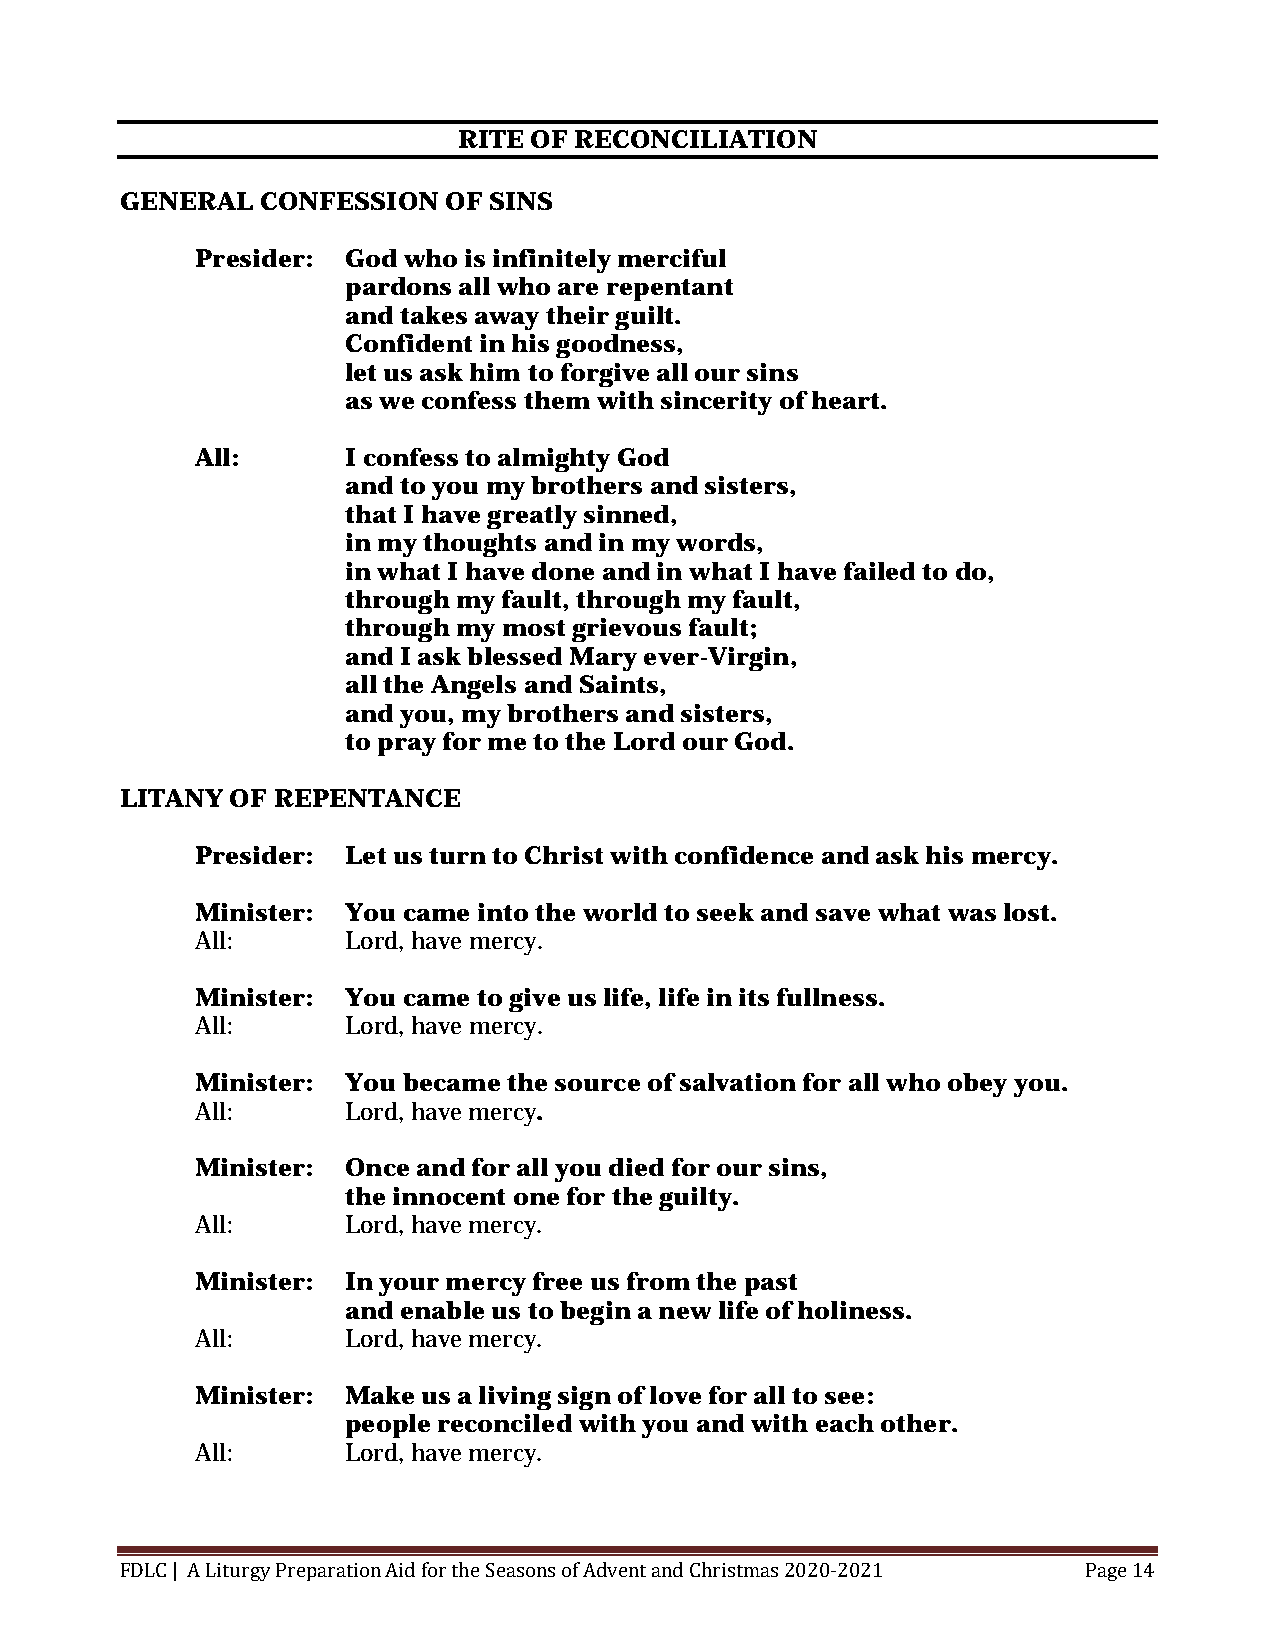
RITE OF RECONCILIATION
 GENERAL  CONFESSION  OF SINS
 Presider: God who is infinitely merciful
 pardons all who are repentant
 and takes away their guilt.
 Confident in his goodness,
 let us ask him to forgive all our sins
 as we confess them with sincerity of heart.
 All:      I confess to almighty God
 and to you my brothers and sisters,
 that I have greatly sinned,
 in my thoughts and in my words,
 in what I have done and in what I have failed to do,
 through my fault, through my fault,
 through my most grievous fault;
 and I ask blessed Mary ever-Virgin,
 all the Angels and Saints,
 and you, my brothers and sisters,
 to pray for me to the Lord our God.
 LITANY OF REPENTANCE
 Presider: Let us turn to Christ with confidence and ask his mercy.
 Minister: You came into the world to seek and save what was lost.
 All:      Lord, have mercy.
 Minister: You came to give us life, life in its fullness.
 All:      Lord, have mercy.
 Minister: You became the source of salvation for all who obey you.
 All:      Lord, have mercy.
 Minister: Once and for all you died for our sins,
 the innocent one for the guilty.
 All:      Lord, have mercy.
 Minister: In your mercy free us from the past
 and enable us to begin a new life of holiness.
 All:      Lord, have mercy.
 Minister: Make us a living sign of love for all to see:
 people reconciled with you and with each other.
 All:      Lord, have mercy.
 FDLC | A Liturgy Preparation Aid for the Seasons of Advent and Christmas 2020-2021 Page 14